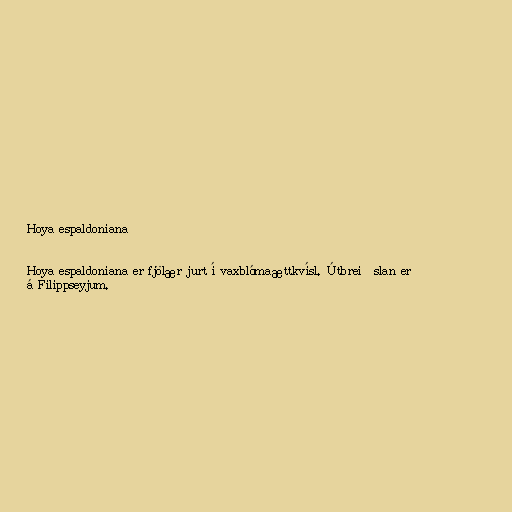
Hoya espaldoniana

Hoya espaldoniana er fjölær jurt í vaxblómaættkvísl. Útbreiðslan er
á Filippseyjum.